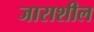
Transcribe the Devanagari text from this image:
जाराशील